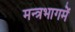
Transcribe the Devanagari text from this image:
मन्त्रभागमें